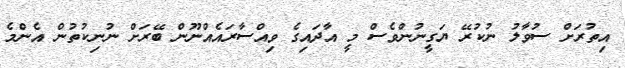
އިތުރަށް ސުވާލު ނުކުރޭ ޔަގީނުންވެސް މީ އާދައިގެ ވިއްސާރައެއްނޫން ބޭރަށް ނުނިކުތުން އެންމެ